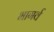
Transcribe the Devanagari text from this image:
भागर्व